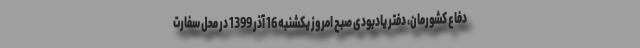
دفاع کشورمان، دفتر یادبودی صبح امروز یکشنبه 16 آذر 1399 در محل سفارت